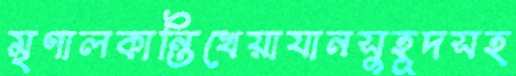
মৃণালকান্তিখেয়াযানসুহূদসহ